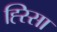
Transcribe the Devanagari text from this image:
ह्स्सिा